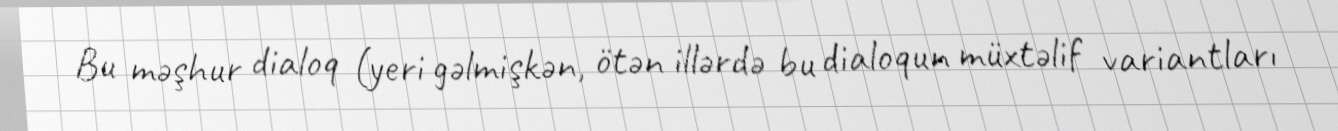
Bu məşhur dialoq (yeri gəlmişkən, ötən illərdə bu dialoqun müxtəlif variantları